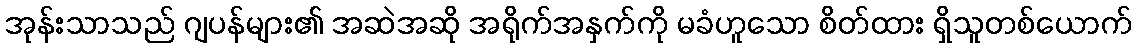
အုန်းသာသည် ဂျပန်များ၏ အဆဲအဆို အရိုက်အနှက်ကို မခံဟူသော စိတ်ထား ရှိသူတစ်ယောက်